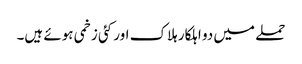
حملے میں دو اہلکار ہلاک اور کئی زخمی ہوئے ہیں۔